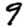
Digit: 9